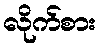
လိုက်စား